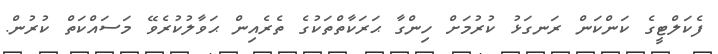
ފެކަލްޓީގެ ކަންކަން ރަނގަޅު ކުރުމަށް ހިންގާ ޙަރަކާތްތަކުގެ ތެރެއިން ޙަވާލުކުރެވޭ މަސައްކަތް ކުރުން.